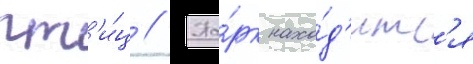
пт'и́ц // Па́рк нахо́д'итс'я